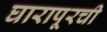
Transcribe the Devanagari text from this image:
घारापूरची